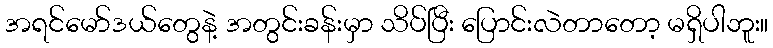
အရင်မော်ဒယ်တွေနဲ့ အတွင်းခန်းမှာ သိပ်ပြီး ပြောင်းလဲတာတော့ မရှိပါဘူး။